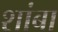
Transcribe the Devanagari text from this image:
शांबा